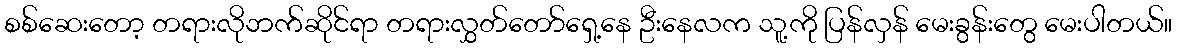
စစ်ဆေးတော့ တရားလိုဘက်ဆိုင်ရာ တရားလွှတ်တော်ရှေ့နေ ဦးနေလက သူ့ကို ပြန်လှန် မေးခွန်းတွေ မေးပါတယ်။